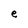
Character: e